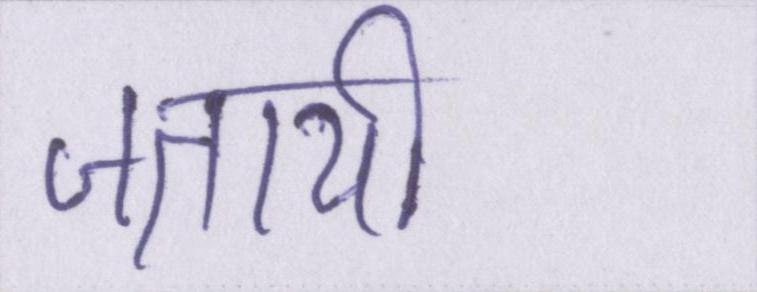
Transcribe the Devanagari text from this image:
जतायी